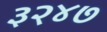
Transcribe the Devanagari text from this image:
३२४७